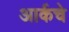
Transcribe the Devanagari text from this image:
आर्कचे